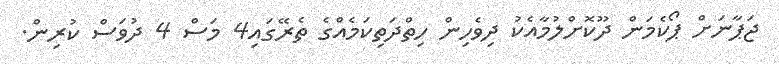
ޖަޕާނަށް ޕޯކެމަން ދޫކޮށްލުމާއެކު ދިވެހިން ހިތްދަތިކަމެއްގެ ތެރޭގައި4 މަސް 4 ދުވަސް ކުރިން.